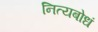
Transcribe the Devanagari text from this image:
नित्यबोधं